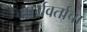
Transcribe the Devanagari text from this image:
आर्यवर्ताचा